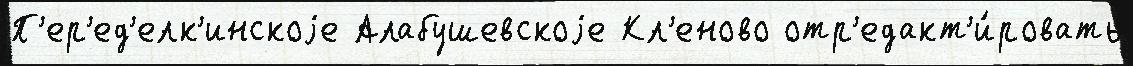
П'ер'ед'елк'инскоjе Алабушевскоjе Кл'еново отр'едакт'и́ровать